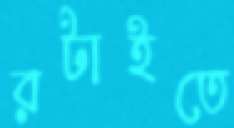
রটাইতে